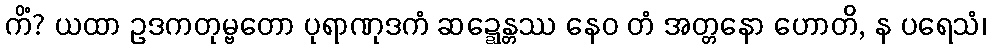
ကိံ? ယထာ ဥဒကတုမ္ဗတော ပုရာဏုဒကံ ဆဍ္ဍေန္တဿ နေဝ တံ အတ္တနော ဟောတိ, န ပရေသံ၊